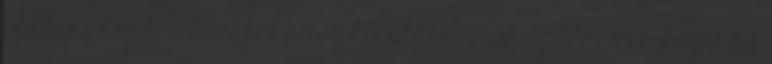
valóságának a tudatában, a hivatásomnak érzem azt, hogy az